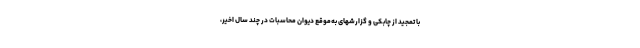
با تمجید از چابکی و گزارشهای به‌موقع دیوان محاسبات در چند سال اخیر،